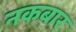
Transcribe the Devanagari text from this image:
नकबार